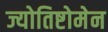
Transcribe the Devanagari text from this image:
ज्योतिष्टोमेन